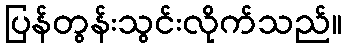
ပြန်တွန်းသွင်းလိုက်သည်။